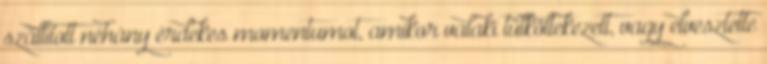
szállított néhány érdekes momentumot, amikor valaki túlköltekezett, vagy elvesztette